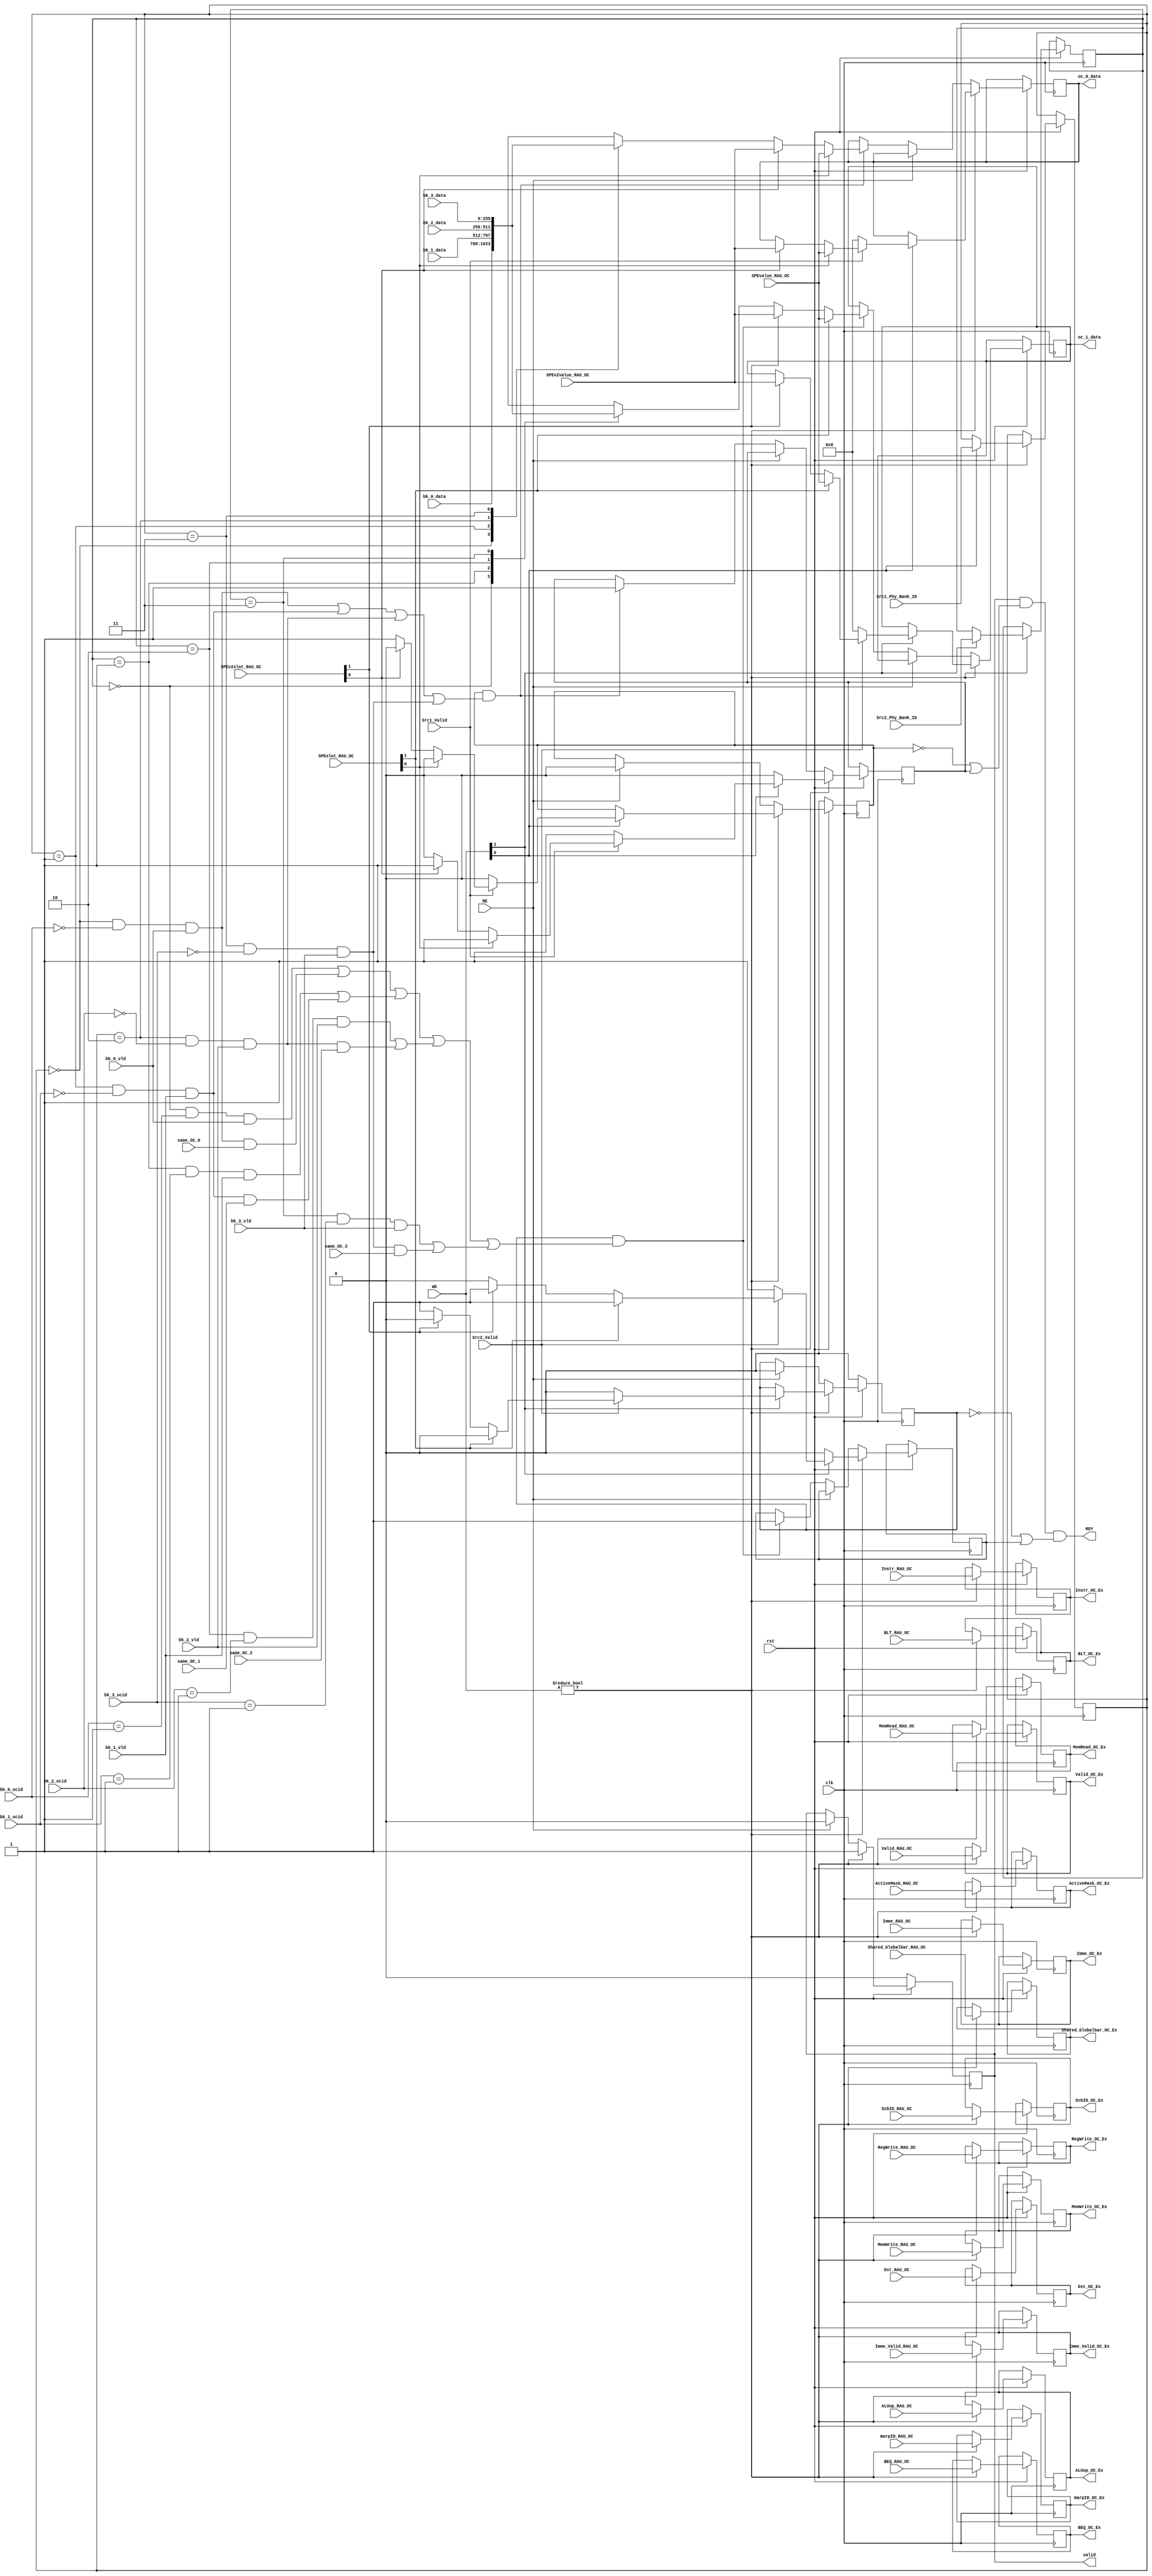
`timescale 1ns / 100ps

module OC_collector_unit 
#(
parameter ocid = 0
)
(

	//"WE" is the WE from upstream (2-bit)
	//"RE" means downstream is going to read
	//"RDY" means operand collected
	//"c_0_reg_id_in" src 0 id 
	//"c_1_reg_id_in" src 1 id 
	//"bypass_pyld_in" instruction type & by pass data 
	
input 	[255:0] bk_0_data, 
input 	[255:0] bk_1_data, 
input 	[255:0] bk_2_data, 
input 	[255:0] bk_3_data,
input [2:0] bk_0_ocid,
input [2:0] bk_1_ocid,
input [2:0] bk_2_ocid,
input [2:0] bk_3_ocid,
input bk_0_vld,
input bk_1_vld,
input bk_2_vld,
input bk_3_vld,
input [1:0] Src1_Phy_Bank_ID, 
input [1:0] Src2_Phy_Bank_ID,
input [1:0] WE,
input RE, 
input clk, 
input rst,

input same_OC_0,
input same_OC_1,
input same_OC_2,
input same_OC_3,

input wire [2:0] WarpID_RAU_OC,
input wire Valid_RAU_OC ,//use
input wire [31:0] Instr_RAU_OC ,//pass

input wire RegWrite_RAU_OC,

input wire [15:0] Imme_RAU_OC ,//
input wire Imme_Valid_RAU_OC ,//
input wire [3:0] ALUop_RAU_OC ,//
input wire MemWrite_RAU_OC ,//
input wire MemRead_RAU_OC ,//
input wire Shared_Globalbar_RAU_OC ,//pass
input wire BEQ_RAU_OC ,//pass
input wire BLT_RAU_OC ,//pass
input wire [1:0] ScbID_RAU_OC ,//pass
input wire [7:0] ActiveMask_RAU_OC ,//pass
input wire [4:0] Dst_RAU_OC,


input wire [1:0] SPEslot_RAU_OC,
input wire [255:0] SPEvalue_RAU_OC,
input wire [1:0] SPEv2slot_RAU_OC,
input wire [255:0] SPEv2value_RAU_OC,

input wire Src1_Valid,
input wire Src2_Valid,

output RDY, 
output reg valid,

output reg [255:0] oc_0_data,
output reg [255:0] oc_1_data,

output reg Valid_OC_Ex ,//use
output reg [31:0] Instr_OC_Ex ,//pass
output reg [2:0] WarpID_OC_Ex,
output reg RegWrite_OC_Ex,
output reg [15:0] Imme_OC_Ex ,//
output reg Imme_Valid_OC_Ex ,//
output reg [3:0] ALUop_OC_Ex ,//
output reg MemWrite_OC_Ex ,//
output reg MemRead_OC_Ex ,//
output reg Shared_Globalbar_OC_Ex ,//pass
output reg BEQ_OC_Ex ,//pass
output reg BLT_OC_Ex ,//pass
output reg [1:0] ScbID_OC_Ex ,//pass
output reg [7:0] ActiveMask_OC_Ex,//pass
output reg [4:0] Dst_OC_Ex
);
/*---------wire/reg-------*/
reg [1:0] oc_0_banksel;
reg [1:0] oc_1_banksel;
reg oc_0_valid;
reg oc_1_valid;
reg oc_0_rdy;
reg oc_1_rdy;
/*-------------------------*/

reg [255:0] oc_0_data_in;
reg [255:0] oc_1_data_in;

wire OC_0_WE;
wire OC_1_WE;

assign RDY = valid && (~oc_0_valid || oc_0_rdy) && (~oc_1_valid || oc_1_rdy);

wire OC_0_bk0 = oc_0_banksel == 2'b00 & (bk_0_ocid == {ocid[1:0], 1'b0}) && bk_0_vld;
wire OC_0_bk1 = oc_0_banksel == 2'b01 & (bk_1_ocid == {ocid[1:0], 1'b0}) && bk_1_vld;
wire OC_0_bk2 = oc_0_banksel == 2'b10 & (bk_2_ocid == {ocid[1:0], 1'b0}) && bk_2_vld;
wire OC_0_bk3 = oc_0_banksel == 2'b11 & (bk_3_ocid == {ocid[1:0], 1'b0}) && bk_3_vld;

assign OC_0_WE = OC_0_bk0 || OC_0_bk1 || OC_0_bk2 || OC_0_bk3;

assign OC_1_WE = ((oc_1_banksel == 2'b00 & (bk_0_ocid == {ocid[1:0], 1'b1}) && bk_0_vld) | (OC_0_bk0 & same_OC_0))|| 
				 ((oc_1_banksel == 2'b01 & (bk_1_ocid == {ocid[1:0], 1'b1}) && bk_1_vld) | (OC_0_bk1 & same_OC_1))|| 
				 ((oc_1_banksel == 2'b10 & (bk_2_ocid == {ocid[1:0], 1'b1}) && bk_2_vld) | (OC_0_bk2 & same_OC_2))|| 
				 ((oc_1_banksel == 2'b11 & (bk_3_ocid == {ocid[1:0], 1'b1}) && bk_3_vld) | (OC_0_bk3 & same_OC_3));



always @ *
begin 
	case (oc_0_banksel)
		2'b00:  oc_0_data_in = bk_0_data;
		2'b01:	oc_0_data_in = bk_1_data;
		2'b10:	oc_0_data_in = bk_2_data;
		2'b11:	oc_0_data_in = bk_3_data;
		default: oc_0_data_in = 256'bz;
	endcase
	if (SPEslot_RAU_OC[0])
		oc_0_data_in = SPEvalue_RAU_OC;
	else if (SPEv2slot_RAU_OC[0])
		oc_0_data_in = SPEv2value_RAU_OC;
	case (oc_1_banksel)
		2'b00:  oc_1_data_in = bk_0_data;
		2'b01:	oc_1_data_in = bk_1_data;
		2'b10:	oc_1_data_in = bk_2_data;
		2'b11:	oc_1_data_in = bk_3_data;
		default: oc_1_data_in = 256'bz;
	endcase
	if (SPEslot_RAU_OC[1])
		oc_1_data_in = SPEvalue_RAU_OC;
	else if (SPEv2slot_RAU_OC[1])
		oc_1_data_in = SPEv2value_RAU_OC;
end

always @ (posedge clk)
begin
	if (!rst)
		begin
			valid <= 0;
			oc_0_valid <= 0;
			oc_1_valid <= 0;
		end
	else 
		begin

			if (WE != 2'b00)
			begin
				valid <= 1;
				oc_0_rdy <= 0;
				oc_1_rdy <= 0;
				Valid_OC_Ex <= Valid_RAU_OC ;//use
				Instr_OC_Ex <= Instr_RAU_OC ;//pass
				
				WarpID_OC_Ex <= WarpID_RAU_OC;
				RegWrite_OC_Ex <= RegWrite_RAU_OC;
				Imme_OC_Ex <= Imme_RAU_OC ;//
				Imme_Valid_OC_Ex <= Imme_Valid_RAU_OC ;//
				ALUop_OC_Ex <= ALUop_RAU_OC ;//
				MemWrite_OC_Ex <= MemWrite_RAU_OC ;//
				MemRead_OC_Ex <= MemRead_RAU_OC ;//
				Shared_Globalbar_OC_Ex <= Shared_Globalbar_RAU_OC ;//pass
				BEQ_OC_Ex <= BEQ_RAU_OC ;//pass
				BLT_OC_Ex <= BLT_RAU_OC ;//pass
				ScbID_OC_Ex <= ScbID_RAU_OC ;//pass
				ActiveMask_OC_Ex <= ActiveMask_RAU_OC ;//pass
				Dst_OC_Ex <= Dst_RAU_OC;
				

				if (WE[0])
				begin
					oc_0_valid <= 1;
					oc_0_banksel <= Src1_Phy_Bank_ID;
					if (!Src1_Valid) begin 
						oc_0_rdy <= 1;
						oc_0_data <= 0;
						oc_0_valid <= 0;
					end else if (SPEslot_RAU_OC[0]) begin
						oc_0_data <= SPEvalue_RAU_OC;
						oc_0_rdy <= 1;
						oc_0_valid <= 0; // clearing valid bit is necessary because the data will be corrupted by RF otherwise
					end else if (SPEv2slot_RAU_OC[0]) begin
						oc_0_data <= SPEv2value_RAU_OC;
						oc_0_rdy <= 1;
						oc_0_valid <= 0;
					end
				end
				if (WE[1])
				begin
					oc_1_valid <= 1;
					oc_1_banksel <= Src2_Phy_Bank_ID;
					if (!Src2_Valid) begin 
						oc_1_rdy <= 1;
						oc_1_data <= 0;
						oc_1_valid <= 0;
					end else if (SPEslot_RAU_OC[1]) begin
						oc_1_data = SPEvalue_RAU_OC;
						oc_1_rdy <= 1;
						oc_1_valid <= 0;
					end else if (SPEv2slot_RAU_OC[1]) begin
						oc_1_data = SPEv2value_RAU_OC;
						oc_1_rdy <= 1;
						oc_1_valid <= 0;
					end
				end				
			end
			else if (RE == 1)
			begin
				valid <= 0;
				oc_0_valid <= 0;
				oc_1_valid <= 0;
			end
			else 
			begin
				if (oc_0_valid & OC_0_WE)
				begin
					oc_0_data <= oc_0_data_in;
					oc_0_rdy <= 1;
				end
				if (oc_1_valid & OC_1_WE)
				begin
					oc_1_data <= oc_1_data_in;
					oc_1_rdy <= 1;
				end
			end
		end
end

endmodule //OC_collector_unit